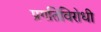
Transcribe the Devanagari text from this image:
प्रगतिविरोधी